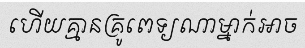
ហើយគ្មានគ្រូពេទ្យណាម្នាក់អាច